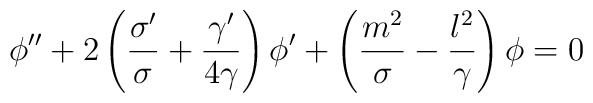
\phi''+2\left({\sigma' \over \sigma}+{\gamma' \over4\gamma}\right)\phi'+\left({m^2 \over \sigma}-{l^2  \over \gamma}\right)\phi=0